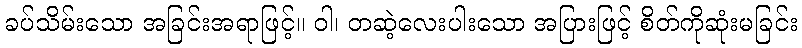
ခပ်သိမ်းသော အခြင်းအရာဖြင့်။ ဝါ၊ တဆဲ့လေးပါးသော အပြားဖြင့် စိတ်ကိုဆုံးမခြင်း